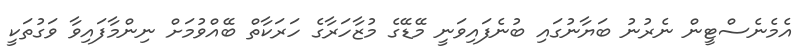
އެމެނެސްޓީން ނެރުނު ބަޔާނުގައި ބުނެފައިވަނީ މޭޑޭގެ މުޒާހަރާގެ ހަރަކާތް ބޭއްވުމަށް ނިންމާފައިވާ ވަގުތަކީ